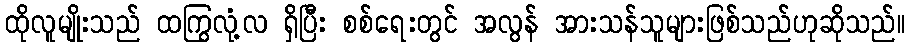
ထိုလူမျိုးသည် ထကြွလုံ့လ ရှိပြီး စစ်ရေးတွင် အလွန် အားသန်သူများဖြစ်သည်ဟုဆိုသည်။